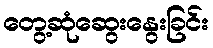
တွေ့ဆုံဆွေးနွေးခြင်း